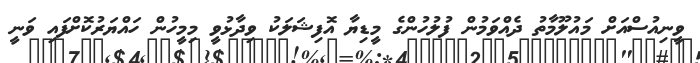
ވީނިއުސްއަށް މައުލޫމާތު ދެއްވަމުން ފުލުހުންގެ މީޑިޔާ އޮފިޝަލަކު ވިދާޅުވީ މިމީހުން ހައްޔަރުކޮށްފައި ވަނީ